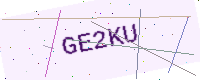
Text: GE2KU